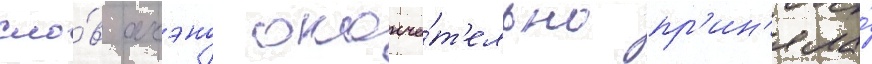
сло́в акэно оконча́т'ельно пр'ин'яла́